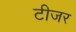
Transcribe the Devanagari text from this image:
टीजर